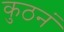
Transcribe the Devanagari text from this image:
कुठनं